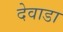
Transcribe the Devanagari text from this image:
देवाडा